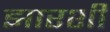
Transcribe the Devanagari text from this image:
झारशी